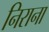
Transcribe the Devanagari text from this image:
निराना